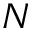
N